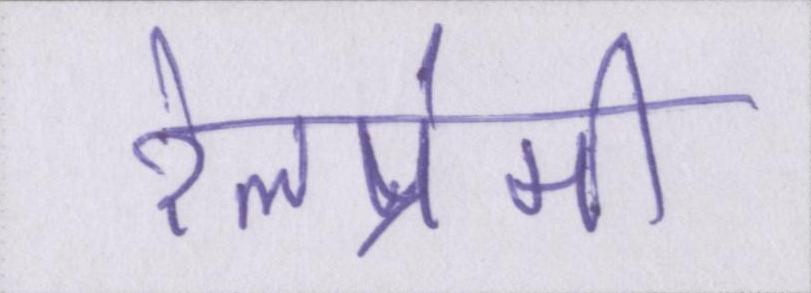
रेलप्रेमी